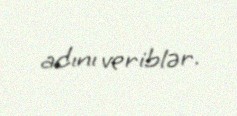
adını veriblər.